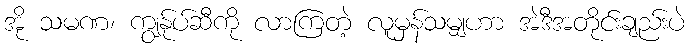
အို သမဏ၊ ကျွန်ုပ်ဆီကို လာကြတဲ့ လူမှန်သမျှဟာ အဲဒီအတိုင်းချည်းပဲ